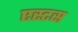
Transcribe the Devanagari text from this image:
एस्टस